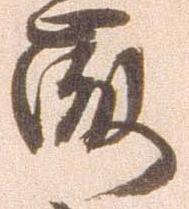
微